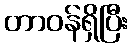
တာဝန်ရှိပြီး